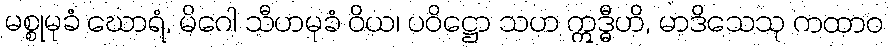
မစ္စုမုခံ ဃောရံ, မိဂေါ သီဟမုခံ ဝိယ၊ ပဝိဋ္ဌော သဟ ဣဒ္ဓီဟိ, မာဒိသေသု ကထာဝ